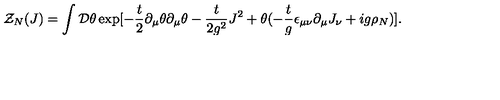
{ \cal Z } _ { N } ( J ) = \int { \cal D } \theta \exp [ - \frac { t } { 2 } \partial _ { \mu } \theta \partial _ { \mu } \theta - \frac { t } { 2 g ^ { 2 } } J ^ { 2 } + \theta ( - \frac { t } { g } \epsilon _ { \mu \nu } \partial _ { \mu } J _ { \nu } + i g \rho _ { N } ) ] .